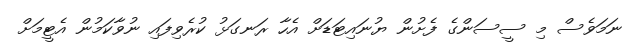
ނަމަވެސް މި ސީސަންގެ ފެށުން ޔުނައިޓަޑަށް އެހާ ރަނގަޅު ކުރެވިފައި ނުވާކަމުން އެޓީމަށް